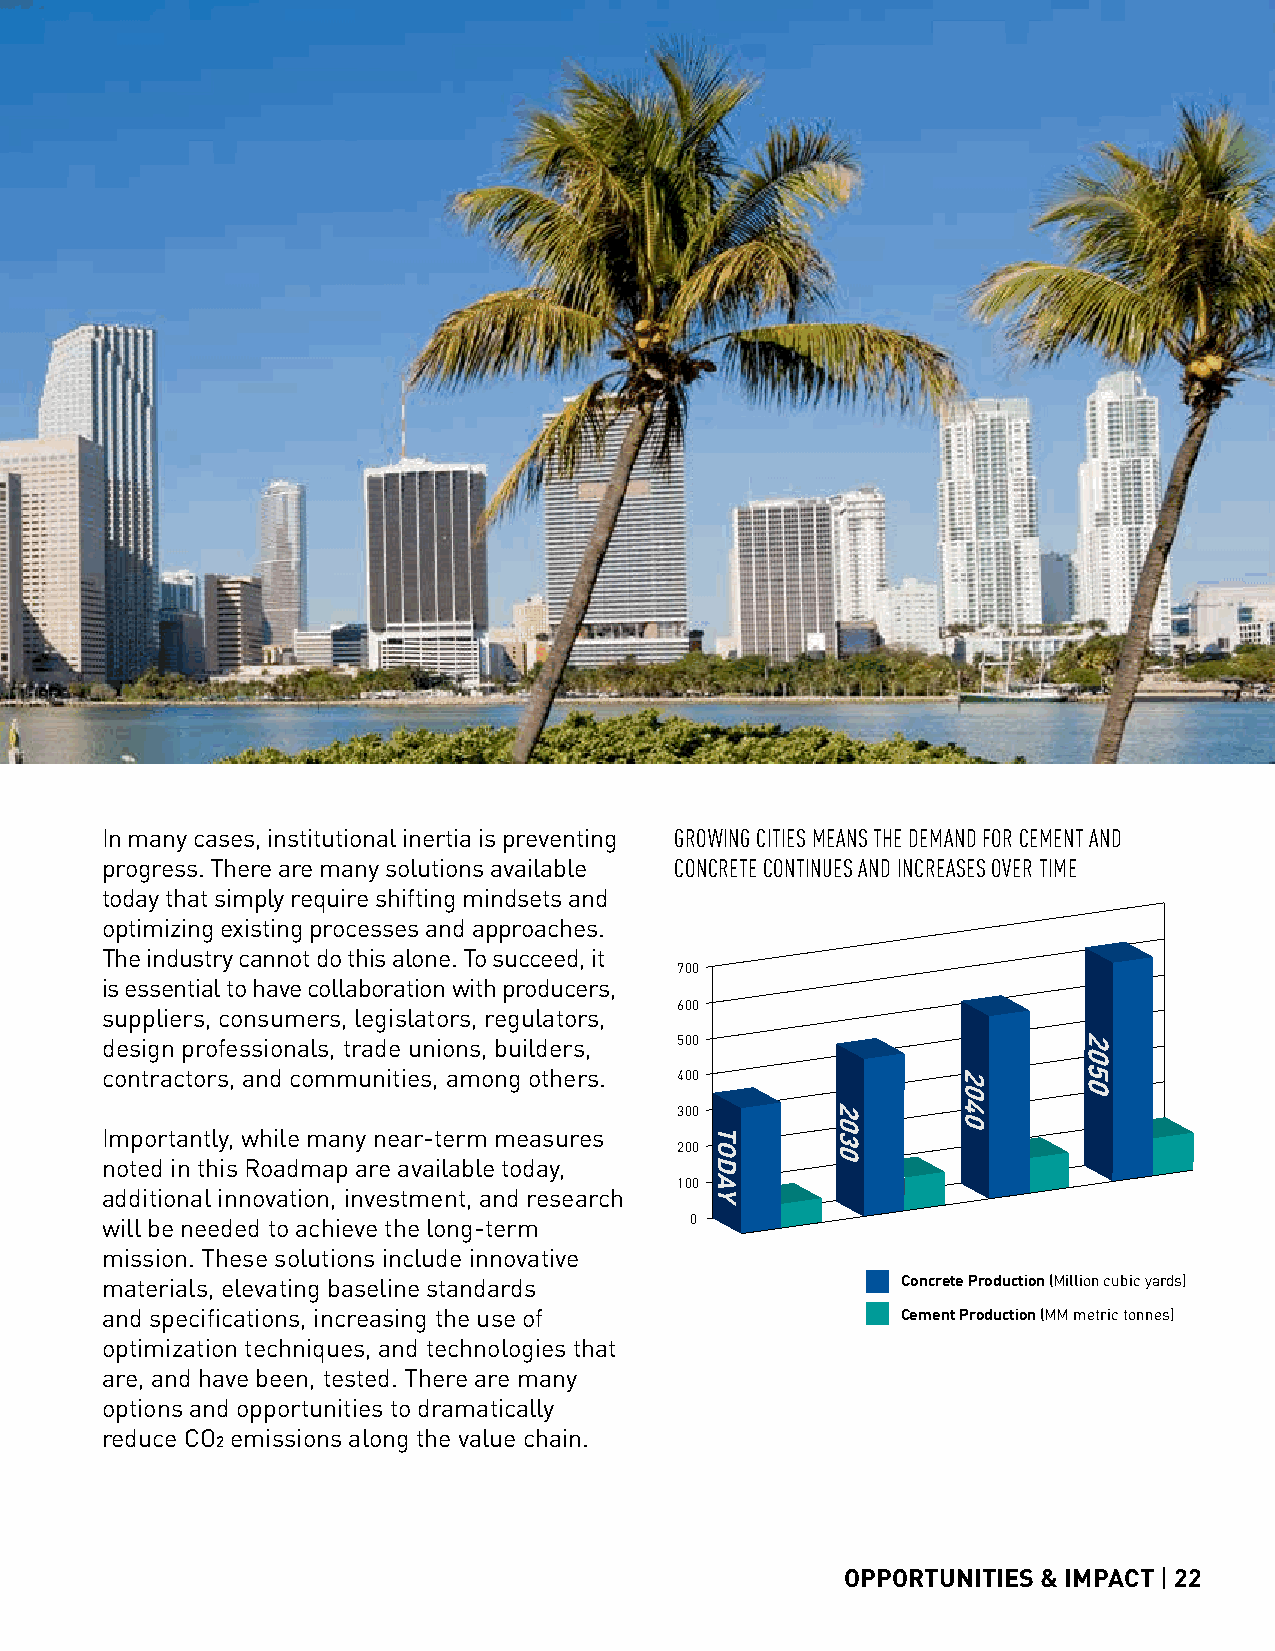
In many cases, institutional inertia is Cponrcerevtee Prnodtuicntiogn ( Million cuGbicR yOarWdsI)NG CITIES MEANS THE DEMAND FOR CEMENT AND
 progress. There are many solutions aCvemaeinlta Pbrodluect ion (MM metric CtoOnnNesC)RETE CONTINUES AND INCREASES OVER TIME
 today that simply require shifting mindsets and
 optimizing existing processes and approaches.
 The industry cannot do this alone. To succeed, it
 700
 is essential to have collaboration with producers,
 600
 suppliers, consumers, legislators, regulators,
 design professionals, trade unions, builders, 500
 contractors, and communities, among others. 400
 300
 Importantly, while many near-term measures
 200
 noted in this Roadmap are available today,
 100
 additional innovation, investment, and research
 will be needed to achieve the long-term 0
 mission. These solutions include innovative
 materials, elevating baseline standards              Concrete Production (Million cubic yards)
 and specifications, increasing the use of            Cement Production (MM metric tonnes)
 optimization techniques, and technologies that
 are, and have been, tested. There are many
 options and opportunities to dramatically
 reduce CO2 emissions along the value chain.
 OPPORTUNITIES & IMPACT | 22